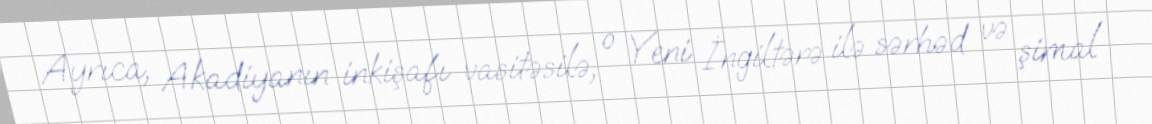
Ayrıca, Akadiyanın inkişafı vasitəsilə, o Yeni İngiltərə ilə sərhəd və şimal